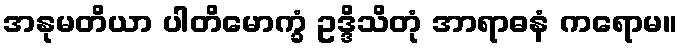
အနုမတိယာ ပါတိမောက္ခံ ဥဒ္ဒိသိတုံ အာရာဓနံ ကရောမ။